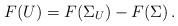
LaTeX: \begin{align*} F(U) = F(\Sigma_U) - F(\Sigma) \, . \end{align*}